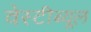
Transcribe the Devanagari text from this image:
वेस्टीब्यूल